Report on enteric fever
Disease focus: Fever
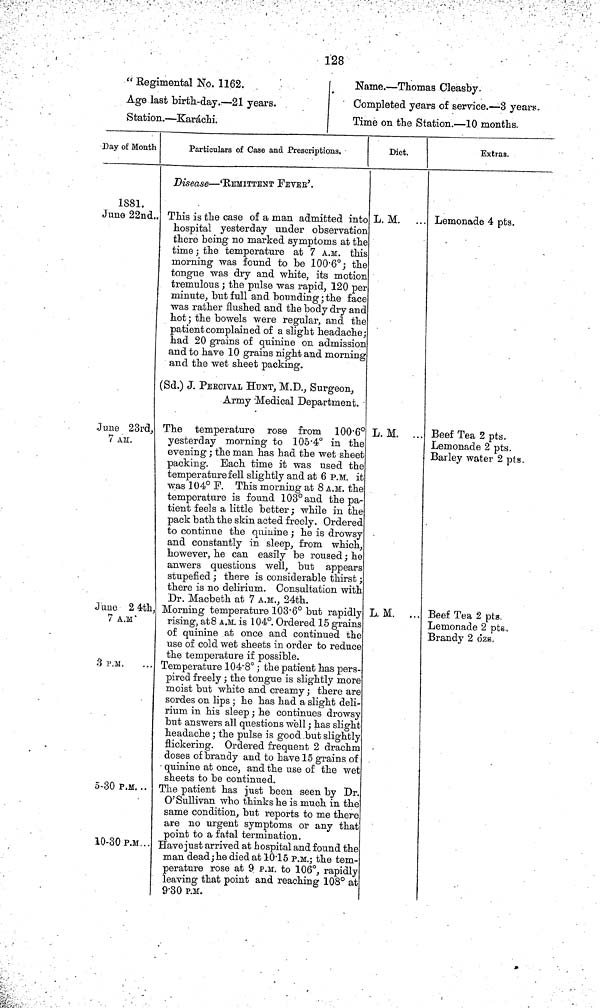
128
"Regimental No. 1162.
Age last birth-day.—21 years.
Station.—Karáchi.
Name.—Thomas Cleasby.
Completed years of service.—3 years.
Time on the Station.—10 months
Day of Mouth
1881.
June 22nd..
June 23rd,
7 AM.
June 24th
7 A.M
3 P.M.
5-30 P.M. ..
10-30 P.M .
Particulars of Case and Prescriptions,
Disease—'REMITTENT FEVER'.
This is the case of a man admitted into
hospital yesterday under observation
there being no marked symptoms at the
time; the temperature at 7 A.M. this
morning was found to be 100 6°; the
tongue was dry and white, its motion
tremulous; the pulse was rapid, 120 per
minute, but full and bounding; the face
was rather flushed and the body dry and
hot; the bowels were regular, and the
patient complained of a slight headache;
had 20 grams of quinine on admission
and to have 10 grains night and morning
and the wet sheet packing.
(Sd.) J. PERCIVAL HUNT, M.D., Surgeon,
Army Medical Department.
The temperature rose from 100 6°y
esterday morning to 105 4° in the
evening; the man has had the wet sheet
packing. Bach time it was used the
temperature fell slightly and at 6 P.M. it
was 104° P. This morning at 8 A.M. the
temperature is found 103° and the pa-
tient feels a little better; while in the
pack bath the skin acted freely. Ordered
to continue the quinine; he is drowsy
and constantly in sleep, from which,
however, he can easily be roused; he
anwers questions well, but appears
stupefied; there is considerable thirst;
there is no delirium. Consultation with
Dr. Macbeth at 7 A.M., 24th.
Morning temperature 103 6° but rapidly
rising, at 8 A.M. is 104°. Ordered 15 grains
of quinine at once and continued the
use of cold wet sheets in order to reduce
the temperature if possible.
Temperature 104 8°; the patient has pers-
pired freely; the tongue is slightly more
moist but white and creamy; there are
sordes on lips; he has had a slight deli-
rium in his sleep; he continues drowsy
but answers all questions well; has slight
headache; the pulse is good but slightly
flickering. Ordered frequent 2 drachm
doses of brandy and to have 15 grains of
quinine at once, and the use of the wet
sheets to be continued.
The patient has just been seen by Dr.
O'Sullivan who thinks he is much in the
same condition, but reports to me there
are no urgent symptoms or any that
point to a fatal termination.
Have just arrived at hospital and found the
man dead; he died at 10 15 P.M.; the tem-
perature rose at 9 P.M. to 106°, rapidly
leaving that point and reaching 108° at
9 30 P.M.
Diet.
L. M. ...
L. M. ...
L. M. ...
Extras.
Lemonade 4 pts.
Beef Tea 2 pts.
Lemonade 2 pts.
Barley water 2 pts.
Beef Tea 2 pts
Lemonade 2 pts.
Brandy 2 ozs